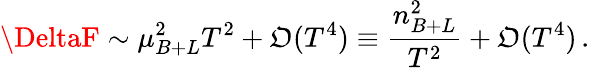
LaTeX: \DeltaF\sim\mu_{B+L}^{2}T^{2}+{\cal\mathfrak{O}}(T^{4})\equiv\frac{{n_{B+L}^{2}}}{{T^{2}}}+{\cal\mathfrak{O}}(T^{4})\, .